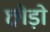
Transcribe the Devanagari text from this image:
छो़ड़ो